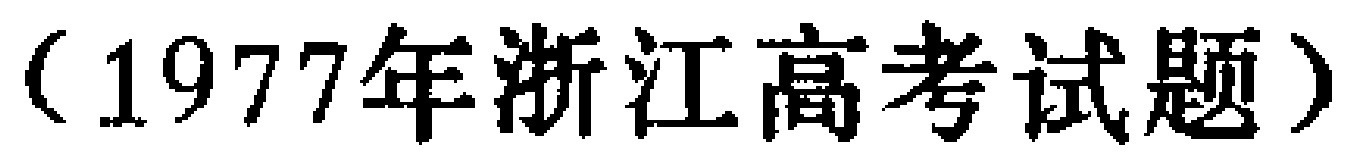
（1977年浙江高考试题）